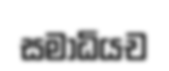
සමාධියච